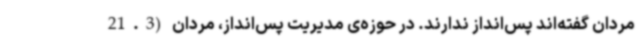
مردان گفته‌اند پس‌انداز ندارند. در حوزه‌ی مدیریت پس‌انداز، مردان (21.3